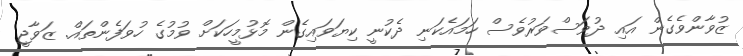
ޒުވާންވެގެން އައި ދުވަސްވަރުވެސް ހަމައެކަނި ދެކުނީ ކިޔަވައިގެން މޮޅުމީހަކަށް ވުމުގެ ހުވަފެންތައް. ޒަވާޖީ